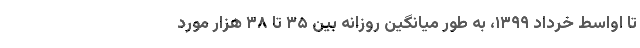
تا اواسط خرداد ۱۳۹۹، به طور میانگین روزانه بین ۳۵ تا ۳۸ هزار مورد